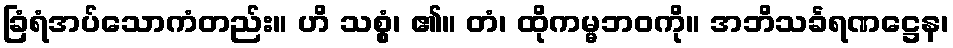
ခြံရံအပ်သောကံတည်း။ ဟိ သစ္စွံ၊ ၏။ တံ၊ ထိုကမ္မဘဝကို။ အဘိသင်္ခရဏဋ္ဌေန၊